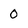
Character: 0